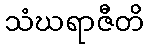
သံဃရာဇီတိ